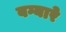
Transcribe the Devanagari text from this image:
बग्यारे